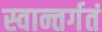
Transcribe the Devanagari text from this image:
स्वान्तर्गतं